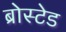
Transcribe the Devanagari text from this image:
ब्रोस्टेड